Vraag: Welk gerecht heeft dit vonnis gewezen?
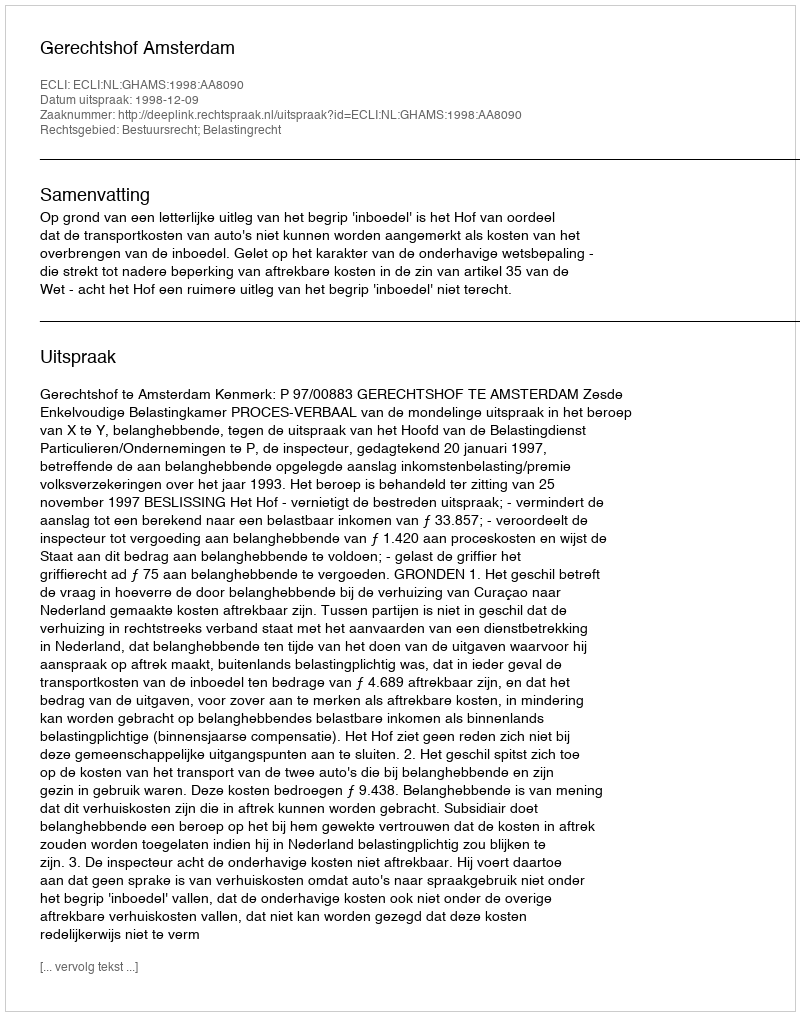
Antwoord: Gerechtshof Amsterdam